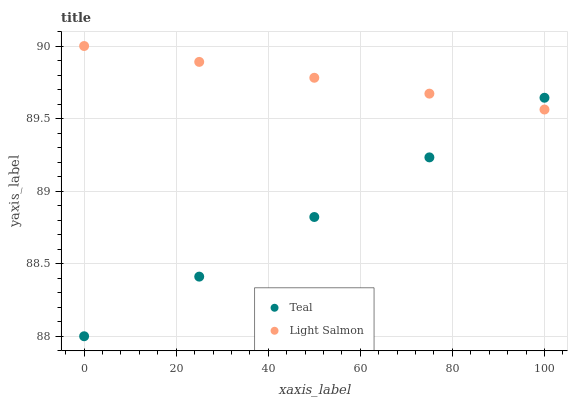
| xaxis_label | Teal | Light Salmon |
 | --- | --- | --- |
 | 0 | 88 | 90 |
 | 25 | 88.4 | 89.9 |
 | 50 | 88.8 | 89.8 |
 | 75 | 89.2 | 89.7 |
 | 100 | 89.6 | 89.6 |